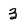
Character: 3